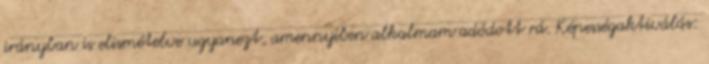
irányban is elismételve ugyanezt, amennyiben alkalmam adódott rá. Képességaktiválás: